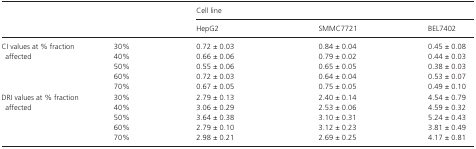
| <ROWSPAN=2-COLSPAN=2>  | <COLSPAN=3> Cell line |
 | HepG2 | SMMC7721 | BEL7402 |
 | --- | --- | --- | --- | --- |
 | <ROWSPAN=5> CI values at % fraction affected | 30% | 0.72 ± 0.03 | 0.84 ± 0.04 | 0.45 ± 0.08 |
 | 40% | 0.66 ± 0.06 | 0.79 ± 0.02 | 0.44 ± 0.03 |
 | 50% | 0.55 ± 0.06 | 0.65 ± 0.05 | 0.38 ± 0.03 |
 | 60% | 0.72 ± 0.03 | 0.64 ± 0.04 | 0.53 ± 0.07 |
 | 70% | 0.67 ± 0.05 | 0.75 ± 0.05 | 0.49 ± 0.10 |
 | <ROWSPAN=5> DRI values at % fraction affected | 30% | 2.79 ± 0.13 | 2.40 ± 0.14 | 4.54 ± 0.79 |
 | 40% | 3.06 ± 0.29 | 2.53 ± 0.06 | 4.59 ± 0.32 |
 | 50% | 3.64 ± 0.38 | 3.10 ± 0.31 | 5.24 ± 0.43 |
 | 60% | 2.79 ± 0.10 | 3.12 ± 0.23 | 3.81 ± 0.49 |
 | 70% | 2.98 ± 0.21 | 2.69 ± 0.25 | 4.17 ± 0.81 |